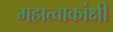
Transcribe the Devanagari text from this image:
महात्वाकांक्षी